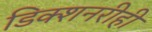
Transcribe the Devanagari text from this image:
डिक्शनरीही